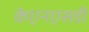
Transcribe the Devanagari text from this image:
केएनएसडी